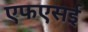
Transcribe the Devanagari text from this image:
एफएसई